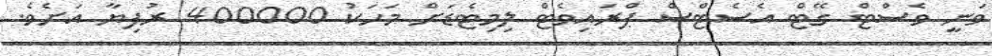
ވަނީ ވެސްޓް ގޭޓް އެސެޓްސް ޕްރައިވެޓް ލިމިޓެޑަށް މަހަކު 400000 ރުފިޔާ އަށެވެ.